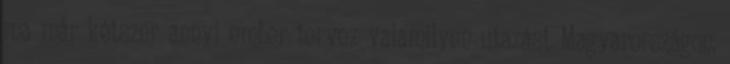
ma már kétszer annyi ember tervez valamilyen utazást Magyarországon.